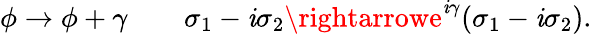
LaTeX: \phi\rightarrow\phi+\gamma\qquad\sigma_{1}-\mathit{i}\sigma_{2}\rightarrowe^{\mathit{i}\gamma}(\sigma_{1}-\mathit{i}\sigma_{2}).